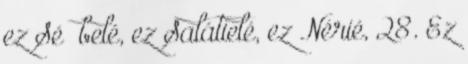
ez Sé− belé, ez Salátielé, ez Nérié, 28. Ez